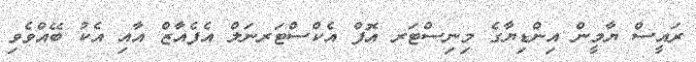
ރައީސް ޔާމީން އިންޑިޔާގެ މިނިސްޓަރ އޮފް އެކްސްޓަރނަލް އެފެއާޒް އާއި އެކު ބޭއްވެވި